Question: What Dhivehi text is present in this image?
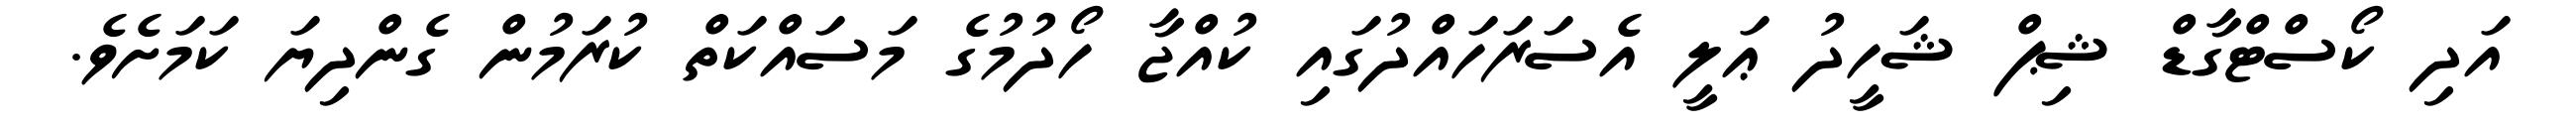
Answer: އަދި ކޯސްޓްގާޑް ޝިޕް ޝަހީދު ޢަލީ އެސަރަހައްދުގައި ކުއްޖާ ހޯދުމުގެ މަސައްކަތް ކުރަމުން ގެންދިޔަ ކަމަށެވެ.